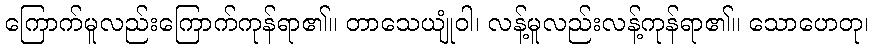
ကြောက်မူလည်းကြောက်ကုန်ရာ၏။ တာသေယျုံဝါ၊ လန့်မူလည်းလန့်ကုန်ရာ၏။ သောဟေတု၊